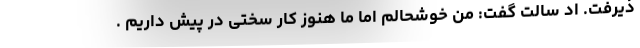
ذیرفت. اد سالت گفت: من خوشحالم اما ما هنوز کار سختی در پیش داریم .